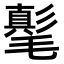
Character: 𣰘